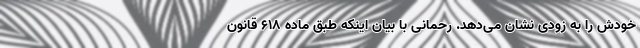
خودش را به زودی نشان می‌دهد. رحمانی با بیان اینکه طبق ماده 618 قانون